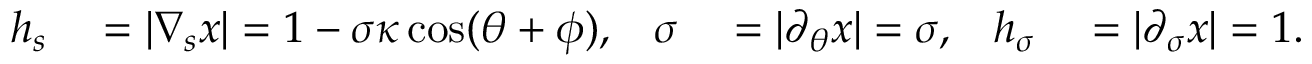
\begin{array} { r l r l r l } { h _ { s } } & { { } = | \nabla _ { s } x | = 1 - \sigma \kappa \cos ( \theta + \phi ) , } & { \sigma } & { { } = | \partial _ { \theta } x | = \sigma , } & { h _ { \sigma } } & { { } = | \partial _ { \sigma } x | = 1 . } \end{array}